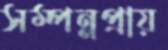
সম্পন্নপ্রায়